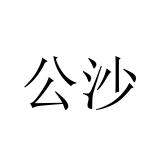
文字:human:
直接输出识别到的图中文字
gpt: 公沙